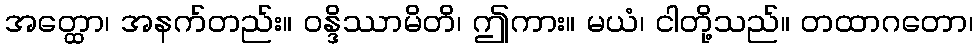
အတ္ထော၊ အနက်တည်း။ ဝန္ဒိဿာမိတိ၊ ဤကား။ မယံ၊ ငါတို့သည်။ တထာဂတော၊